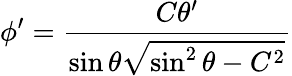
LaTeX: \phi^{\prime}={\frac{C\theta^{\prime}}{\sin\theta{\sqrt{\sin^{2}\theta-C^{2}}}}}